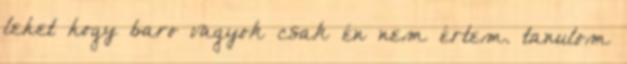
lehet hogy baro vagyok csak én nem értem. tanulom